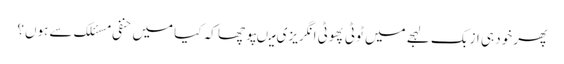
پھر خود ہی ازبک لہجے میں ٹوٹی پھوٹی انگریزی میںپوچھا کہ کیا میں حنفی مسئلک سے ہوں؟